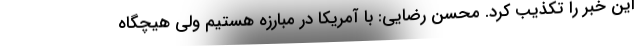
این خبر را تکذیب کرد. محسن رضایی: با آمریکا در مبارزه هستیم ولی هیچگاه